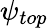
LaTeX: \psi_{top}